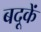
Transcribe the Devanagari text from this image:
बदूकें